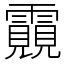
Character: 䨳